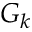
G _ { k }